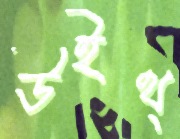
উইথ্